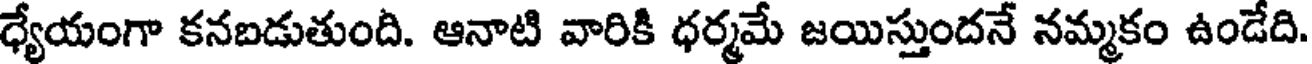
ధ్యేయంగా కనబడుతుంది. ఆనాటి వారికి ధర్మమే జయిస్తుందనే నమ్మకం ఉండేది